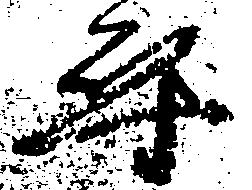
尋